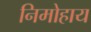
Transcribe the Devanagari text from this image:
निमोहाय